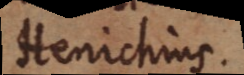
Henichius.